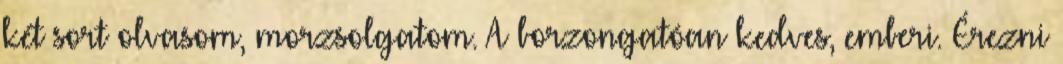
két sort olvasom, morzsolgatom. A borzongatóan kedves, emberi. Érezni